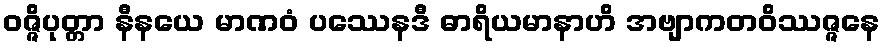
ဝဇ္ဇိပုတ္တာ နီနယေ မာဏဝံ ပဿေနဒီ ဓာရိယမာနာဟိ အဗျာကတဝိဿဇ္ဇနေ